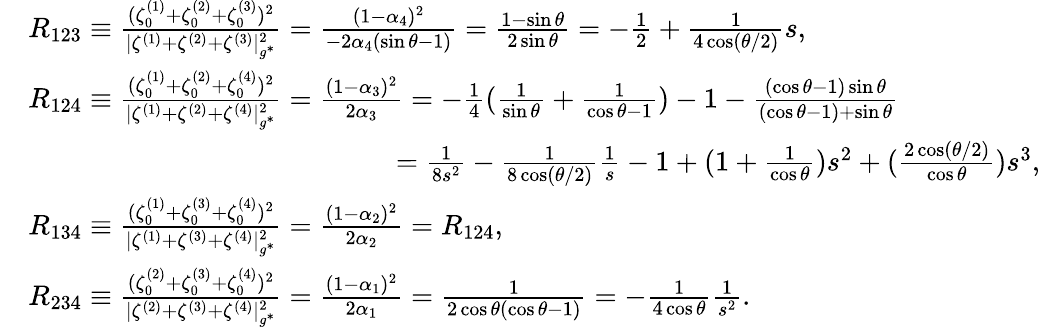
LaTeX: \begin{array}{rl}&{R_{123}\equiv\frac{(\zeta_{0}^{(1)}+\zeta_{0}^{(2)}+\zeta_{0}^{(3)})^{2}}{|\zeta^{(1)}+\zeta^{(2)}+\zeta^{(3)}|_{g^{*}}^{2}}=\frac{(1-\alpha_{4})^{2}}{-2\alpha_{4}(\sin\theta-1)}=\frac{1-\sin\theta}{2\sin\theta}=-\frac{1}{2}+\frac{1}{4\cos({\theta}/{2})}s,}\\ &{R_{124}\equiv\frac{(\zeta_{0}^{(1)}+\zeta_{0}^{(2)}+\zeta_{0}^{(4)})^{2}}{|\zeta^{(1)}+\zeta^{(2)}+\zeta^{(4)}|_{g^{*}}^{2}}=\frac{(1-\alpha_{3})^{2}}{2\alpha_{3}}=-\frac{1}{4}(\frac{1}{\sin\theta}+\frac{1}{\cos\theta-1})-1-\frac{(\cos\theta-1)\sin\theta}{(\cos\theta-1)+\sin\theta}}\\ &{\quad\quad\quad\quad\quad\quad\quad\quad\quad\quad\quad\quad\quad=\frac{1}{8s^{2}}-\frac{1}{8\cos({\theta}/{2})}\frac{1}{s}-1+(1+\frac{1}{\cos\theta})s^{2}+(\frac{2\cos({\theta}/{2})}{\cos\theta})s^{3},}\\ &{R_{134}\equiv\frac{(\zeta_{0}^{(1)}+\zeta_{0}^{(3)}+\zeta_{0}^{(4)})^{2}}{|\zeta^{(1)}+\zeta^{(3)}+\zeta^{(4)}|_{g^{*}}^{2}}=\frac{(1-\alpha_{2})^{2}}{2\alpha_{2}}=R_{124},}\\ &{R_{234}\equiv\frac{(\zeta_{0}^{(2)}+\zeta_{0}^{(3)}+\zeta_{0}^{(4)})^{2}}{|\zeta^{(2)}+\zeta^{(3)}+\zeta^{(4)}|_{g^{*}}^{2}}=\frac{(1-\alpha_{1})^{2}}{2\alpha_{1}}=\frac{1}{2\cos\theta(\cos\theta-1)}=-\frac{1}{4\cos\theta}\frac{1}{s^{2}}.}\end{array}